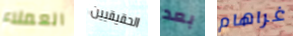
العملاء الحقيقيين بعد غراهام